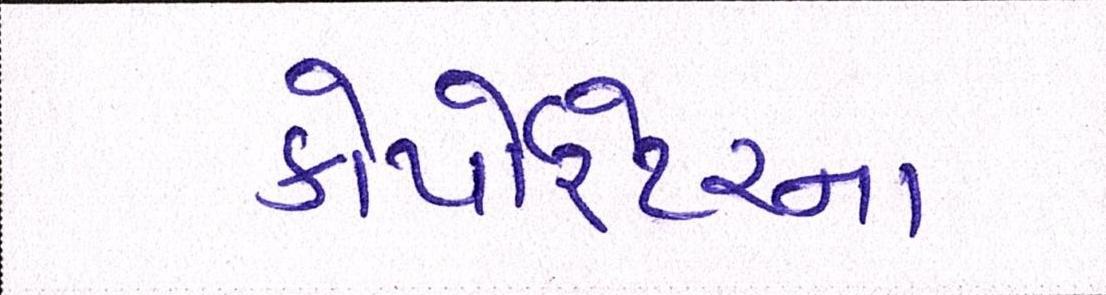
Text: કોર્પેારેટરના